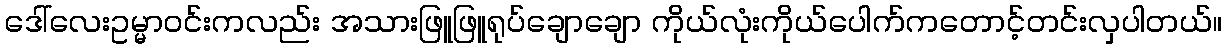
ဒေါ်လေးဥမ္မာဝင်းကလည်း အသားဖြူဖြူရုပ်ချောချော ကိုယ်လုံးကိုယ်ပေါက်ကတောင့်တင်းလှပါတယ်။